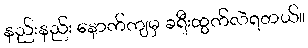
နည်းနည်း နောက်ကျမှ ခရီးထွက်လဲရတယ်။